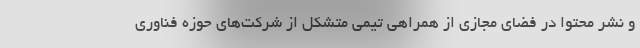
و نشر محتوا در فضای مجازی از همراهی تیمی متشکل از شرکت‌های حوزه فناوری